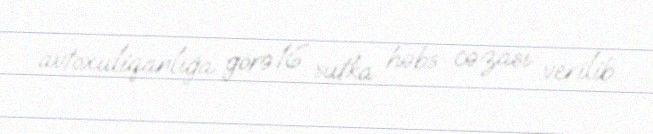
avtoxuliqanlığa görə 16 sutka həbs cəzası verilib.